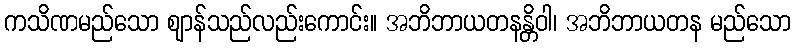
ကသိဏမည်သော ဈာန်သည်လည်းကောင်း။ အဘိဘာယတနန္တိဝါ၊ အဘိဘာယတန မည်သော